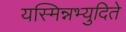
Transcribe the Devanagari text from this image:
यस्मिन्नभ्युदिते